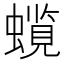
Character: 𧒋